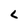
Character: L